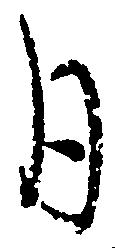
月